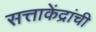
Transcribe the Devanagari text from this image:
सत्ताकेंद्रांची